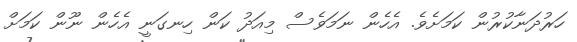
ހަރުދަނާކުރުން ކަމަށެވެ. އެހެން ނަމަވެސް މިއަދު ކަން ހިނގަނީ އެހެން ނޫން ކަމަށް